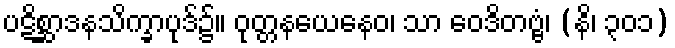
ပဋိစ္ဆာဒနသိက္ခာပုဒ်၌။ ဝုတ္တနယေနေဝ၊ သာ ဝေဒိတဗ္ဗံ၊ (နိ၊ ၃၀၁)